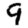
Digit: 9